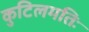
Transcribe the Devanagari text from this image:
कुटिलमतिः